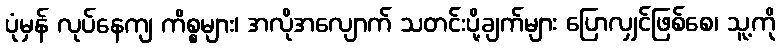
ပုံမှန် လုပ်နေကျ ကိစ္စများ၊ အလိုအလျောက် သတင်းပို့ချက်များ ပြောလျှင်ဖြစ်စေ၊ သူ့ကို